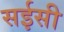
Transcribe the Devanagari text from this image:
सईसी